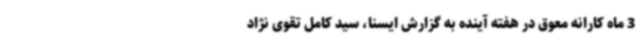
3 ماه کارانه معوق در هفته آینده به گزارش ایسنا، سید کامل تقوی نژاد